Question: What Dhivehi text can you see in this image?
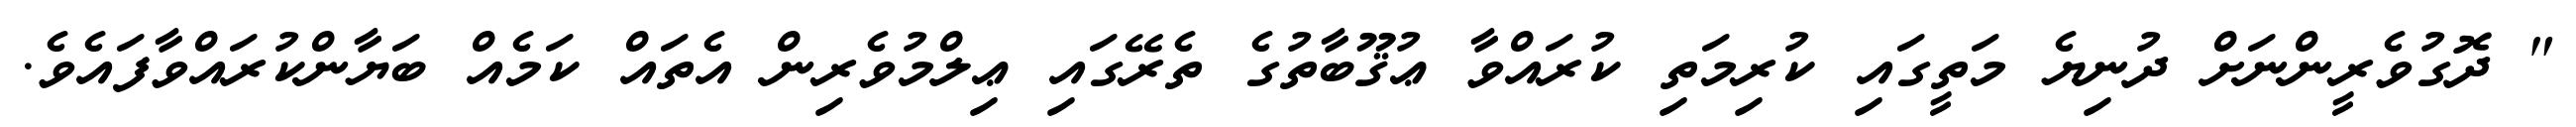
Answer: " ދޮގުވެރީންނަށް ދުނިޔެ މަތީގައި ކުރިމަތި ކުރައްވާ ޢުޤޫބާތުގެ ތެރޭގައި ޢިލްމުވެރިން އެތައް ކަމެއް ބަޔާންކުރައްވާފައެވެ.